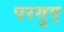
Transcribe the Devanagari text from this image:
परगुए